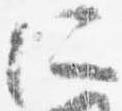
所